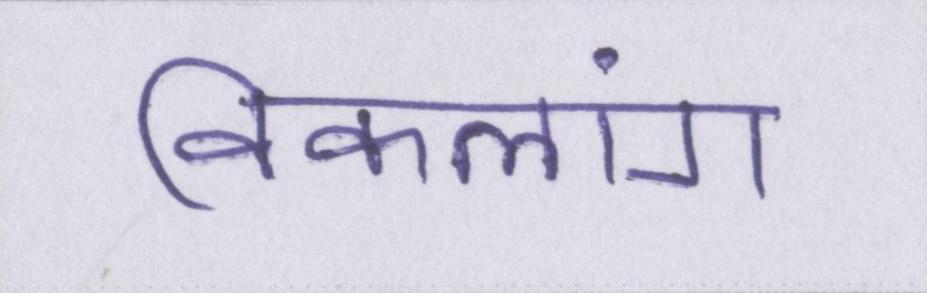
विकलांग